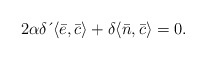
\begin{align*}2\alpha \delta \,\acute{}\, \langle \bar{e},\bar{c}\rangle+\delta \langle \bar{n},\bar{c}\rangle=0.\end{align*}